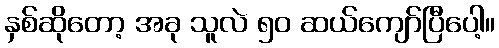
နှစ်ဆိုတော့ အခု သူလဲ ၅၀ ဆယ်ကျော်ပြီပေါ့။